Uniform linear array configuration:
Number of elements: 24
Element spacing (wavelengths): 0.25
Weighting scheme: hann
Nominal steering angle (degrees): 0
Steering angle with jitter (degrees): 1.739
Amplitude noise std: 0.05
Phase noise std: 0.05

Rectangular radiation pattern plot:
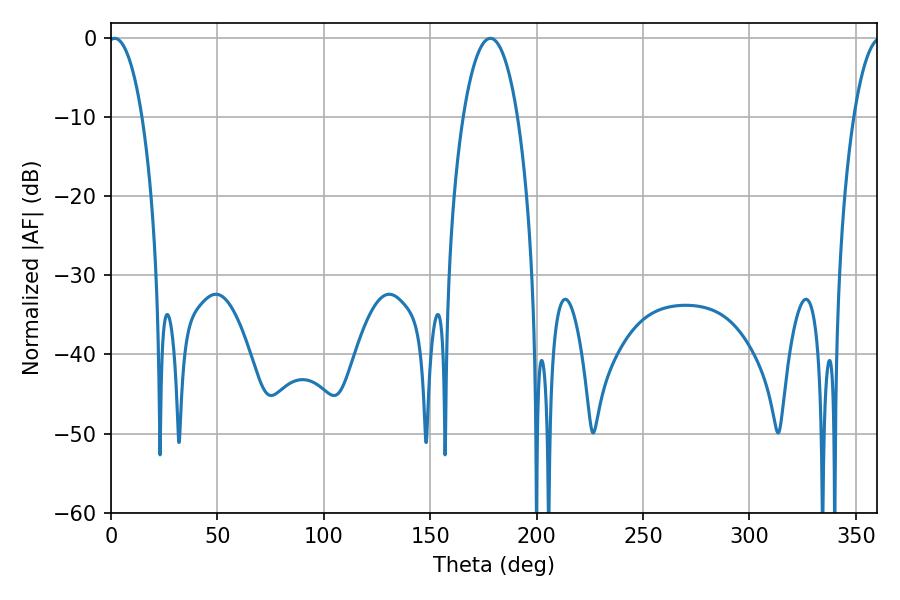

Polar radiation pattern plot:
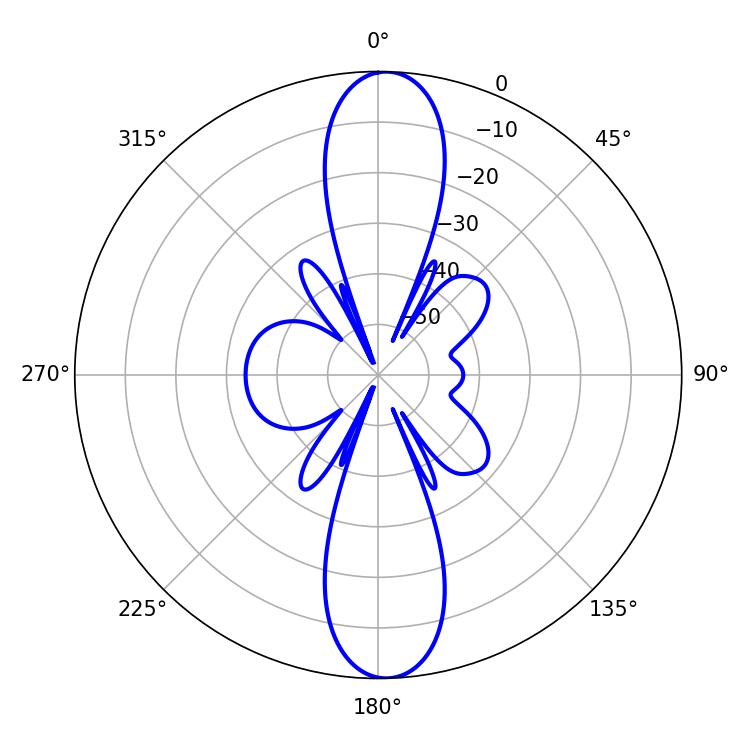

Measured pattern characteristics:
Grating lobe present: FALSE
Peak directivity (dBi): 20.935
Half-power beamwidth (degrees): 9
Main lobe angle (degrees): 1.8